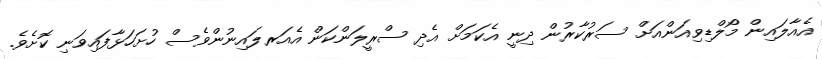
އެއާލައިން މޯލްޑިވިއަންއަށް ސަރުކާރުން ދިނީ އެކަމަށް އެދި ސްރީލަންކަން އެއަރލައިނުންވެސް ހުށަހަޅާފައިވަނި ކޮށެވެ.